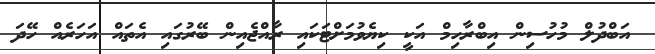
އަބްދުލް މުހުސިން އިބްރާހިމް އަކީ ކިޔެވުމަށްޓަކައި ރާއްޖެއިން ބޭރުގައި އެތައް އަހަރެއް ހޭދަ